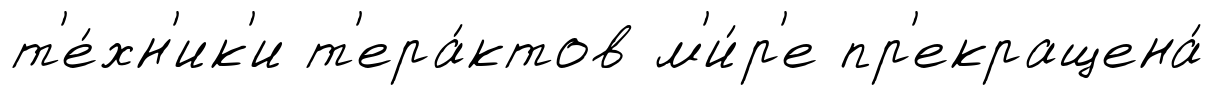
т'е́хн'ик'и т'ера́ктов м'и́р'е пр'екращена́